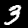
Label: 3